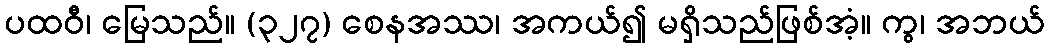
ပထဝီ၊ မြေသည်။ (၃၂၇) စေနအဿ၊ အကယ်၍ မရှိသည်ဖြစ်အံ့။ ကွ၊ အဘယ်